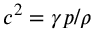
c ^ { 2 } = \gamma p / \rho